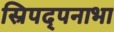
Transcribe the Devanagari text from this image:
स्रिपद्पनाभा